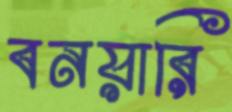
বনয়ারি